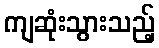
ကျဆုံးသွားသည့်